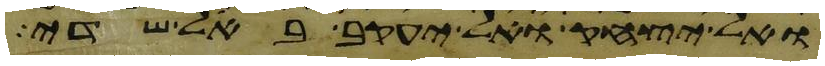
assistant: ואל יצחק ואל יעקב באל שדי